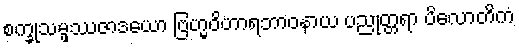
စက္ခုသမ္ဖဿဇာဒယော ဗြဟ္မဝိဟာရဘာဝနာယ ပညုတ္တရာ ပိလောတိကံ